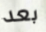
بعد